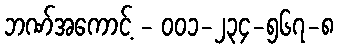
ဘဏ်အကောင့် - ၀၀၁-၂၃၄-၅၆၇-၈